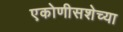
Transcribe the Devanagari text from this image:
एकोणीसशेच्या